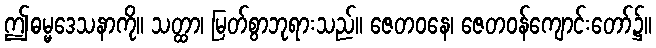
ဤဓမ္မဒေသနာကို။ သတ္ထာ၊ မြတ်စွာဘုရားသည်။ ဇေတဝနေ၊ ဇေတဝန်ကျောင်းတော်၌။